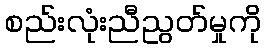
စည်းလုံးညီညွတ်မှုကို